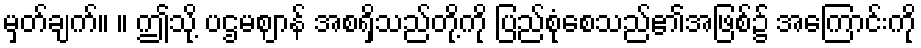
မှတ်ချက်။ ။ ဤသို့ ပဌမဈာန် အစရှိသည်တို့ကို ပြည်စုံစေသည်၏အဖြစ်၌ အကြောင်းကို